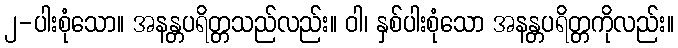
၂-ပါးစုံသော။ အနန္တပရိတ္တသည်လည်း။ ဝါ၊ နှစ်ပါးစုံသော အနန္တပရိတ္တကိုလည်း။